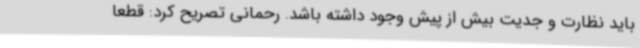
باید نظارت و جدیت بیش از پیش وجود داشته باشد. رحمانی تصریح کرد: قطعاً